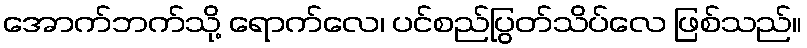
အောက်ဘက်သို့ ရောက်လေ၊ ပင်စည်ပြွတ်သိပ်လေ ဖြစ်သည်။